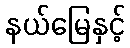
နယ်မြေနှင့်